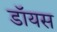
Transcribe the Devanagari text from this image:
डॉयस